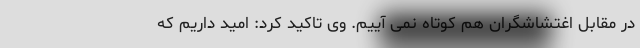
در مقابل اغتشاشگران هم کوتاه نمی آییم. وی تاکید کرد: امید داریم که